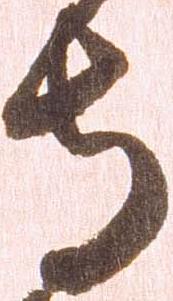
寺